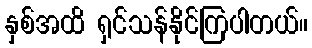
နှစ်အထိ ရှင်သန်နိုင်ကြပါတယ်။